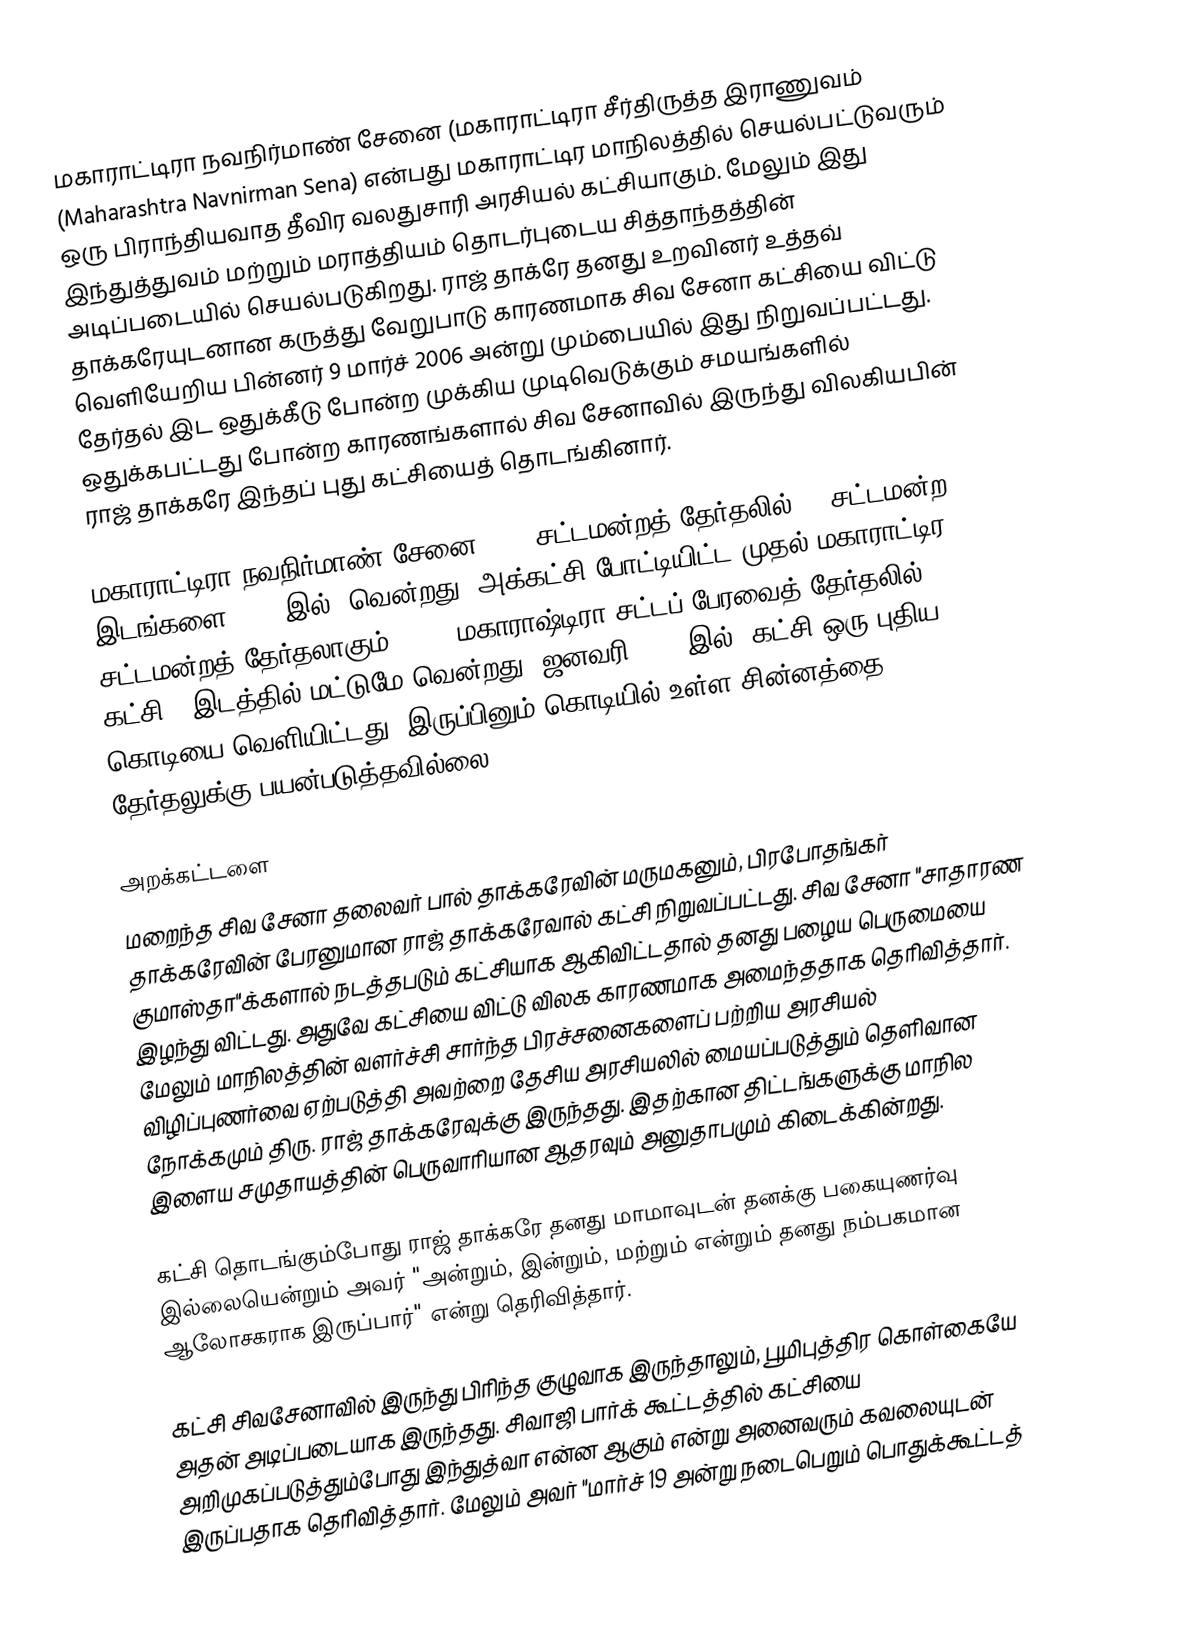
மகாராட்டிரா நவநிர்மாண் சேனை (மகாராட்டிரா சீர்திருத்த இராணுவம் (Maharashtra Navnirman Sena) என்பது மகாராட்டிர மாநிலத்தில் செயல்பட்டுவரும் ஒரு பிராந்தியவாத தீவிர வலதுசாரி அரசியல் கட்சியாகும். மேலும் இது இந்துத்துவம் மற்றும் மராத்தியம் தொடர்புடைய சித்தாந்தத்தின் அடிப்படையில் செயல்படுகிறது. ராஜ் தாக்ரே தனது உறவினர் உத்தவ் தாக்கரேயுடனான கருத்து வேறுபாடு காரணமாக சிவ சேனா கட்சியை விட்டு வெளியேறிய பின்னர் 9 மார்ச் 2006 அன்று மும்பையில் இது நிறுவப்பட்டது. தேர்தல் இட ஒதுக்கீடு போன்ற முக்கிய முடிவெடுக்கும் சமயங்களில் ஒதுக்கபட்டது போன்ற காரணங்களால் சிவ சேனாவில் இருந்து விலகியபின் ராஜ் தாக்கரே இந்தப் புது கட்சியைத் தொடங்கினார்.

மகாராட்டிரா நவநிர்மாண் சேனை 2009 சட்டமன்றத் தேர்தலில் 13 சட்டமன்ற இடங்களை (288 இல்) வென்றது. அக்கட்சி போட்டியிட்ட முதல் மகாராட்டிர சட்டமன்றத் தேர்தலாகும். 2019 மகாராஷ்டிரா சட்டப் பேரவைத் தேர்தலில், கட்சி 1 இடத்தில் மட்டுமே வென்றது. ஜனவரி 2020 இல், கட்சி ஒரு புதிய கொடியை வெளியிட்டது. இருப்பினும் கொடியில் உள்ள சின்னத்தை தேர்தலுக்கு பயன்படுத்தவில்லை.

அறக்கட்டளை
மறைந்த சிவ சேனா தலைவர் பால் தாக்கரேவின் மருமகனும், பிரபோதங்கர் தாக்கரேவின் பேரனுமான ராஜ் தாக்கரேவால் கட்சி நிறுவப்பட்டது. சிவ சேனா "சாதாரண குமாஸ்தா"க்களால் நடத்தபடும் கட்சியாக ஆகிவிட்டதால் தனது பழைய பெருமையை இழந்து விட்டது. அதுவே கட்சியை விட்டு விலக காரணமாக அமைந்ததாக தெரிவித்தார். மேலும் மாநிலத்தின் வளர்ச்சி சார்ந்த பிரச்சனைகளைப் பற்றிய அரசியல் விழிப்புணர்வை ஏற்படுத்தி அவற்றை தேசிய அரசியலில் மையப்படுத்தும் தெளிவான நோக்கமும் திரு. ராஜ் தாக்கரேவுக்கு இருந்தது. இதற்கான திட்டங்களுக்கு மாநில இளைய சமுதாயத்தின் பெருவாரியான ஆதரவும் அனுதாபமும் கிடைக்கின்றது.

கட்சி தொடங்கும்போது ராஜ் தாக்கரே தனது மாமாவுடன் தனக்கு பகையுணர்வு இல்லையென்றும் அவர் "அன்றும், இன்றும், மற்றும் என்றும் தனது நம்பகமான ஆலோசகராக இருப்பார்" என்று தெரிவித்தார்.

கட்சி சிவசேனாவில் இருந்து பிரிந்த குழுவாக இருந்தாலும், பூமிபுத்திர கொள்கையே அதன் அடிப்படையாக இருந்தது. சிவாஜி பார்க் கூட்டத்தில் கட்சியை அறிமுகப்படுத்தும்போது இந்துத்வா என்ன ஆகும் என்று அனைவரும் கவலையுடன் இருப்பதாக தெரிவித்தார். மேலும் அவர் "மார்ச் 19 அன்று நடைபெறும் பொதுக்கூட்டத்